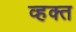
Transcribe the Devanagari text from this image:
व्हक्त